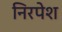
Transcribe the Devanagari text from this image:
निरपेश